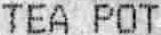
TEA POT